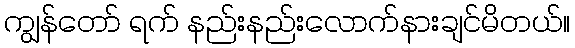
ကျွန်တော် ရက် နည်းနည်းလောက်နားချင်မိတယ်။